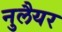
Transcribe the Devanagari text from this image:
नुलैयर